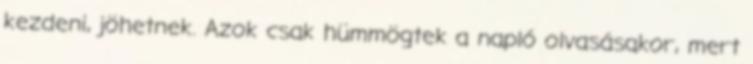
kezdeni, jöhetnek. Azok csak hümmögtek a napló olvasásakor, mert